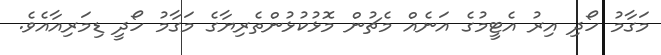
މަގާމު ހޯދި އިރު އެޓީމުގެ އަނެއް މެޗުން މޮޅުކުޅުންތެރިޔާގެ މަގާމު ހޯދީ ޑިމަރިއާއެވެ.